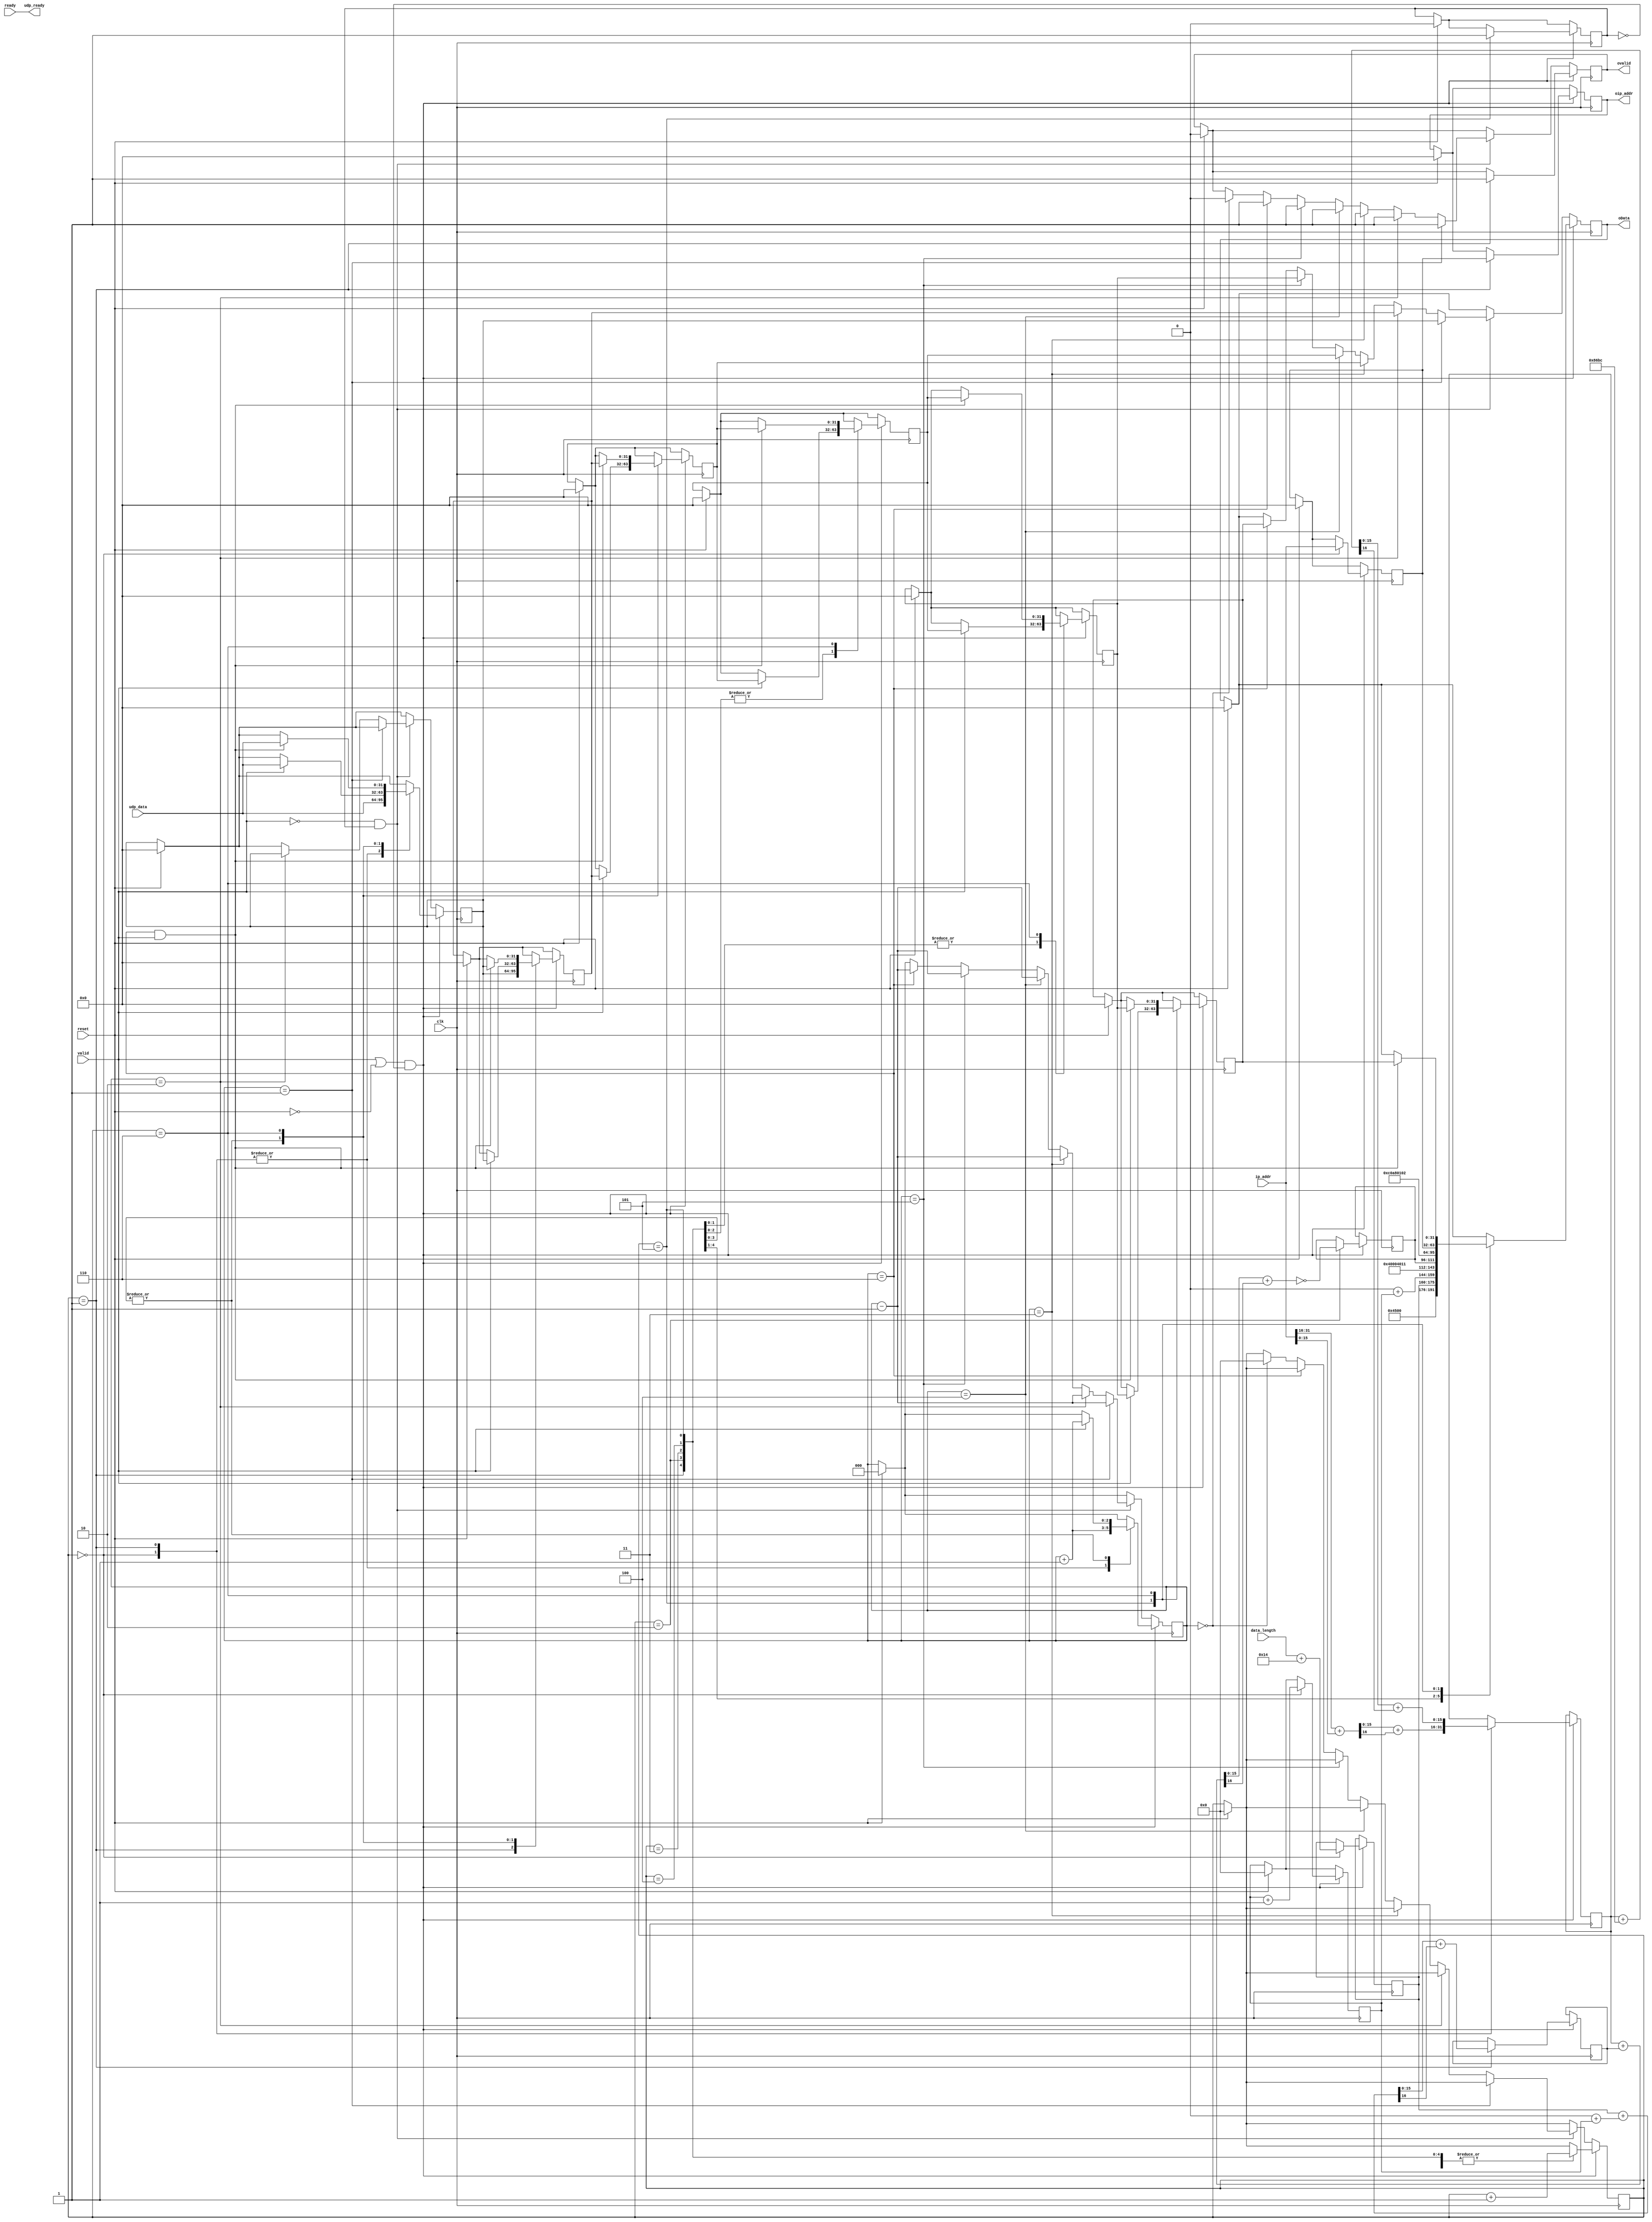
/*
* Module IP_send


Receives Data Packet from UDP_send.v


*/

`define VERSION 4'h4
`define IHL 4'h5
`define TOS 8'h0
`define SRC_ADDR 32'hc0a80102
`define ID_BASE 16'h0
`define FLAG 3'b010
`define FRAGMENT_OFFSET 13'h0
`define TTL 8'h40
`define PROTOCOL 8'h11
`define CHKSUM_BASE 16'h86bc

module IP_send2(
	input clk,
	input reset,
	// from UDP send
	input [31:0] udp_data,
	input [31:0] ip_addr,
	input 	     valid,
	input [15:0] data_length,
	// send buffer
	input        ready,  // send_buffer.v Tells us if it is ready to accept data.
	// output ports
	output reg [31:0] oip_addr,
	output reg [31:0] oData,
	output            udp_ready,
	output		  ovalid
);
	// registers
	reg [31:0] data_buffer1, data_buffer2, data_buffer3, data_buffer4, data_buffer5, data_buffer6;
	reg [31:0] ip_addr_reg;
	reg [15:0] total_length, cnt,datagram_cnt,accum1,accum2,chksum;
	reg [16:0] tmp_accum1, tmp_accum2;
	reg	   isvalid, ovalid_reg;
	reg [2:0]  bufcnt;
	reg header_sent;

	assign udp_ready = ready;
	assign ovalid = ovalid_reg;

	always @(posedge clk) begin
		isvalid <= valid;

		if (reset) begin
			cnt <= 16'h0;
			datagram_cnt <= 16'h0;
			ip_addr_reg <= 32'h0;
			data_buffer1 <= 32'h0;
			data_buffer2 <= 32'h0;
			data_buffer3 <= 32'h0;
			data_buffer4 <= 32'h0;
			data_buffer5 <= 32'h0;
			data_buffer6 <= 32'h0;
			header_sent <= 0;
			bufcnt <= 0;
			oData <= 32'h0;
			oip_addr <= 32'h0;
			ovalid_reg <= 1'b0;
		end
		if ((valid || ~reset) && ~header_sent) begin
			case (cnt)
				0: begin
					// start calculating header checksum
					tmp_accum1 = ip_addr[31:16] + ip_addr[15:0];
					accum1 <= tmp_accum1[15:0] + tmp_accum1[16];
					bufcnt <= bufcnt + 1;
					data_buffer1 <= udp_data;
					datagram_cnt <= datagram_cnt + 16'h1;
					ip_addr_reg  <= ip_addr;
					total_length <= data_length + (`IHL << 2);

					cnt <= cnt + 16'b1;
				end
				1: begin
					// send first word of header
					oData <= {`VERSION,`IHL,`TOS,total_length};
					oip_addr <= ip_addr_reg;
					// set valid high for output
					ovalid_reg <= 1'b1;
					// continue calculating header checksum
					tmp_accum2 = total_length + (`ID_BASE + datagram_cnt);
					accum2 <= tmp_accum2[15:0] + tmp_accum2[16];
					tmp_accum1 = accum1 + `CHKSUM_BASE;
					accum1 <= tmp_accum1[15:0] + tmp_accum1[16];
					// propagate data down buffer chain
					bufcnt <= bufcnt + 1;
					data_buffer2 <= data_buffer1;
					data_buffer1 <= udp_data;
					cnt <= cnt + 16'b1;
				end
				2: begin
					// send second word of header
					oData <= {`ID_BASE + datagram_cnt,`FLAG,`FRAGMENT_OFFSET};
					// final calculation of head checksum
					tmp_accum1 = accum1 + accum2;
					chksum <= ~(tmp_accum1[15:0] + tmp_accum1[16]);
					// propagate data down buffer chain
					if(valid)
					begin
					   bufcnt <= bufcnt + 1;
					   data_buffer3 <= data_buffer2;
					   data_buffer2 <= data_buffer1;
					   data_buffer1 <= udp_data;
					end
					cnt <= cnt + 16'b1;
				end
				3: begin
					// send third word of header
					oData <= {`TTL,`PROTOCOL,chksum};
					// propagate data down buffer chain
					if(valid)
					begin
					bufcnt <= bufcnt + 1;
					data_buffer4 <= data_buffer3;
					data_buffer3 <= data_buffer2;
					data_buffer2 <= data_buffer1;
					data_buffer1 <= udp_data;
					end
					cnt <= cnt + 16'b1;
				end
				4: begin
					// send fourth word of header
					oData <= `SRC_ADDR;
					// propagate data down buffer chain
					if(valid)
					begin
					bufcnt <= bufcnt + 1;
					data_buffer5 <= data_buffer4;
					data_buffer4 <= data_buffer3;
					data_buffer3 <= data_buffer2;
					data_buffer2 <= data_buffer1;
					data_buffer1 <= udp_data;
					end
					cnt <= cnt + 16'b1;
				end
				5: begin
					// send fifth word of header
					oData <= ip_addr_reg;
					// propagate data down buffer chain
					if(valid)
					begin
					bufcnt <= bufcnt + 1;
					data_buffer6 <= data_buffer5;
					data_buffer5 <= data_buffer4;
					data_buffer4 <= data_buffer3;
					data_buffer3 <= data_buffer2;
					data_buffer2 <= data_buffer1;
					data_buffer1 <= udp_data;
					end
					cnt <= cnt + 16'b1;
					header_sent <= 1;
				end
				6: begin
					// begin sending buffered data
					if(bufcnt == 6 && valid)
					begin
					oData <= data_buffer6;
					data_buffer6 <= data_buffer5;
					data_buffer5 <= data_buffer4;
					data_buffer4 <= data_buffer3;
					data_buffer3 <= data_buffer2;
					data_buffer2 <= data_buffer1;
					data_buffer1 <= udp_data;
					end
				end
			endcase
		end
		else if (~valid && header_sent) begin
		    
		    if(bufcnt == 1) begin
		          ovalid_reg <= 1'b1;
				oData <= data_buffer1;
				bufcnt <= bufcnt - 3'b001;
				end
				
				
			else if(bufcnt == 2) begin
				 ovalid_reg <= 1'b1;
				 oData <= data_buffer2;
				data_buffer1 <= data_buffer1;
				bufcnt <= bufcnt - 3'b001;
				end
			else if(bufcnt == 3)
			 begin
			      ovalid_reg <= 1'b1;
			      oData <= data_buffer3;
			     bufcnt <= bufcnt - 3'b001;
			 end
			else if(bufcnt == 4)
			 begin
			      ovalid_reg <= 1'b1;
			      oData <= data_buffer4;
			     bufcnt <= bufcnt - 3'b001;
			 end
	         
	         
	         
	        else if(bufcnt == 5)
			 begin
			      ovalid_reg <= 1'b1;
			      oData <= data_buffer5;
			     bufcnt <= bufcnt - 3'b001;
			 end
		
		
			else if (bufcnt == 6) begin
				 ovalid_reg <= 1'b1;
				 oData <= data_buffer6;
				bufcnt <= bufcnt - 3'b001;
			end
			else if (bufcnt == 3'b000) begin
				ovalid_reg <= 1'b0;
				cnt <= 16'h0;
			end
		end
	end

endmodule